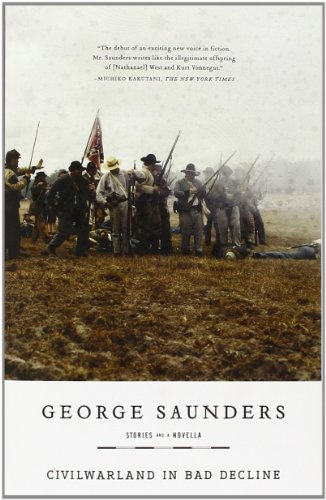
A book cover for CivilWarLand in Bad Decline; George Saunders; Literature & Fiction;